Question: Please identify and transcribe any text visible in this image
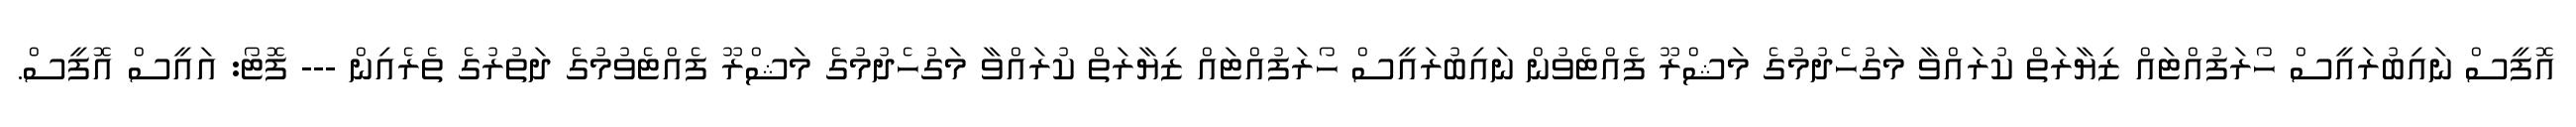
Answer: އޮފީސް ނައިބުރައީސް ހޯރަފުއްޓައް ޒިޔާރަތް ކުރައްވާ މަގުހެދުމުގެ މަޝްރޫ ފެއްޓެވުން ނައިބުރައީސް ހޯރަފުއްޓައް ޒިޔާރަތް ކުރައްވާ މަގުހެދުމުގެ މަޝްރޫ ފެއްޓެވުމުގެ ދަތުރުގެ ތެރެއިން --- ފޮޓޯ: އައީސް އޮފީސް.